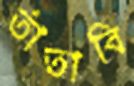
তাঁতাবি